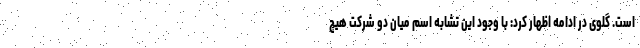
است. گلوی در ادامه اظهار کرد: با وجود این تشابه اسم میان دو شرکت هیچ